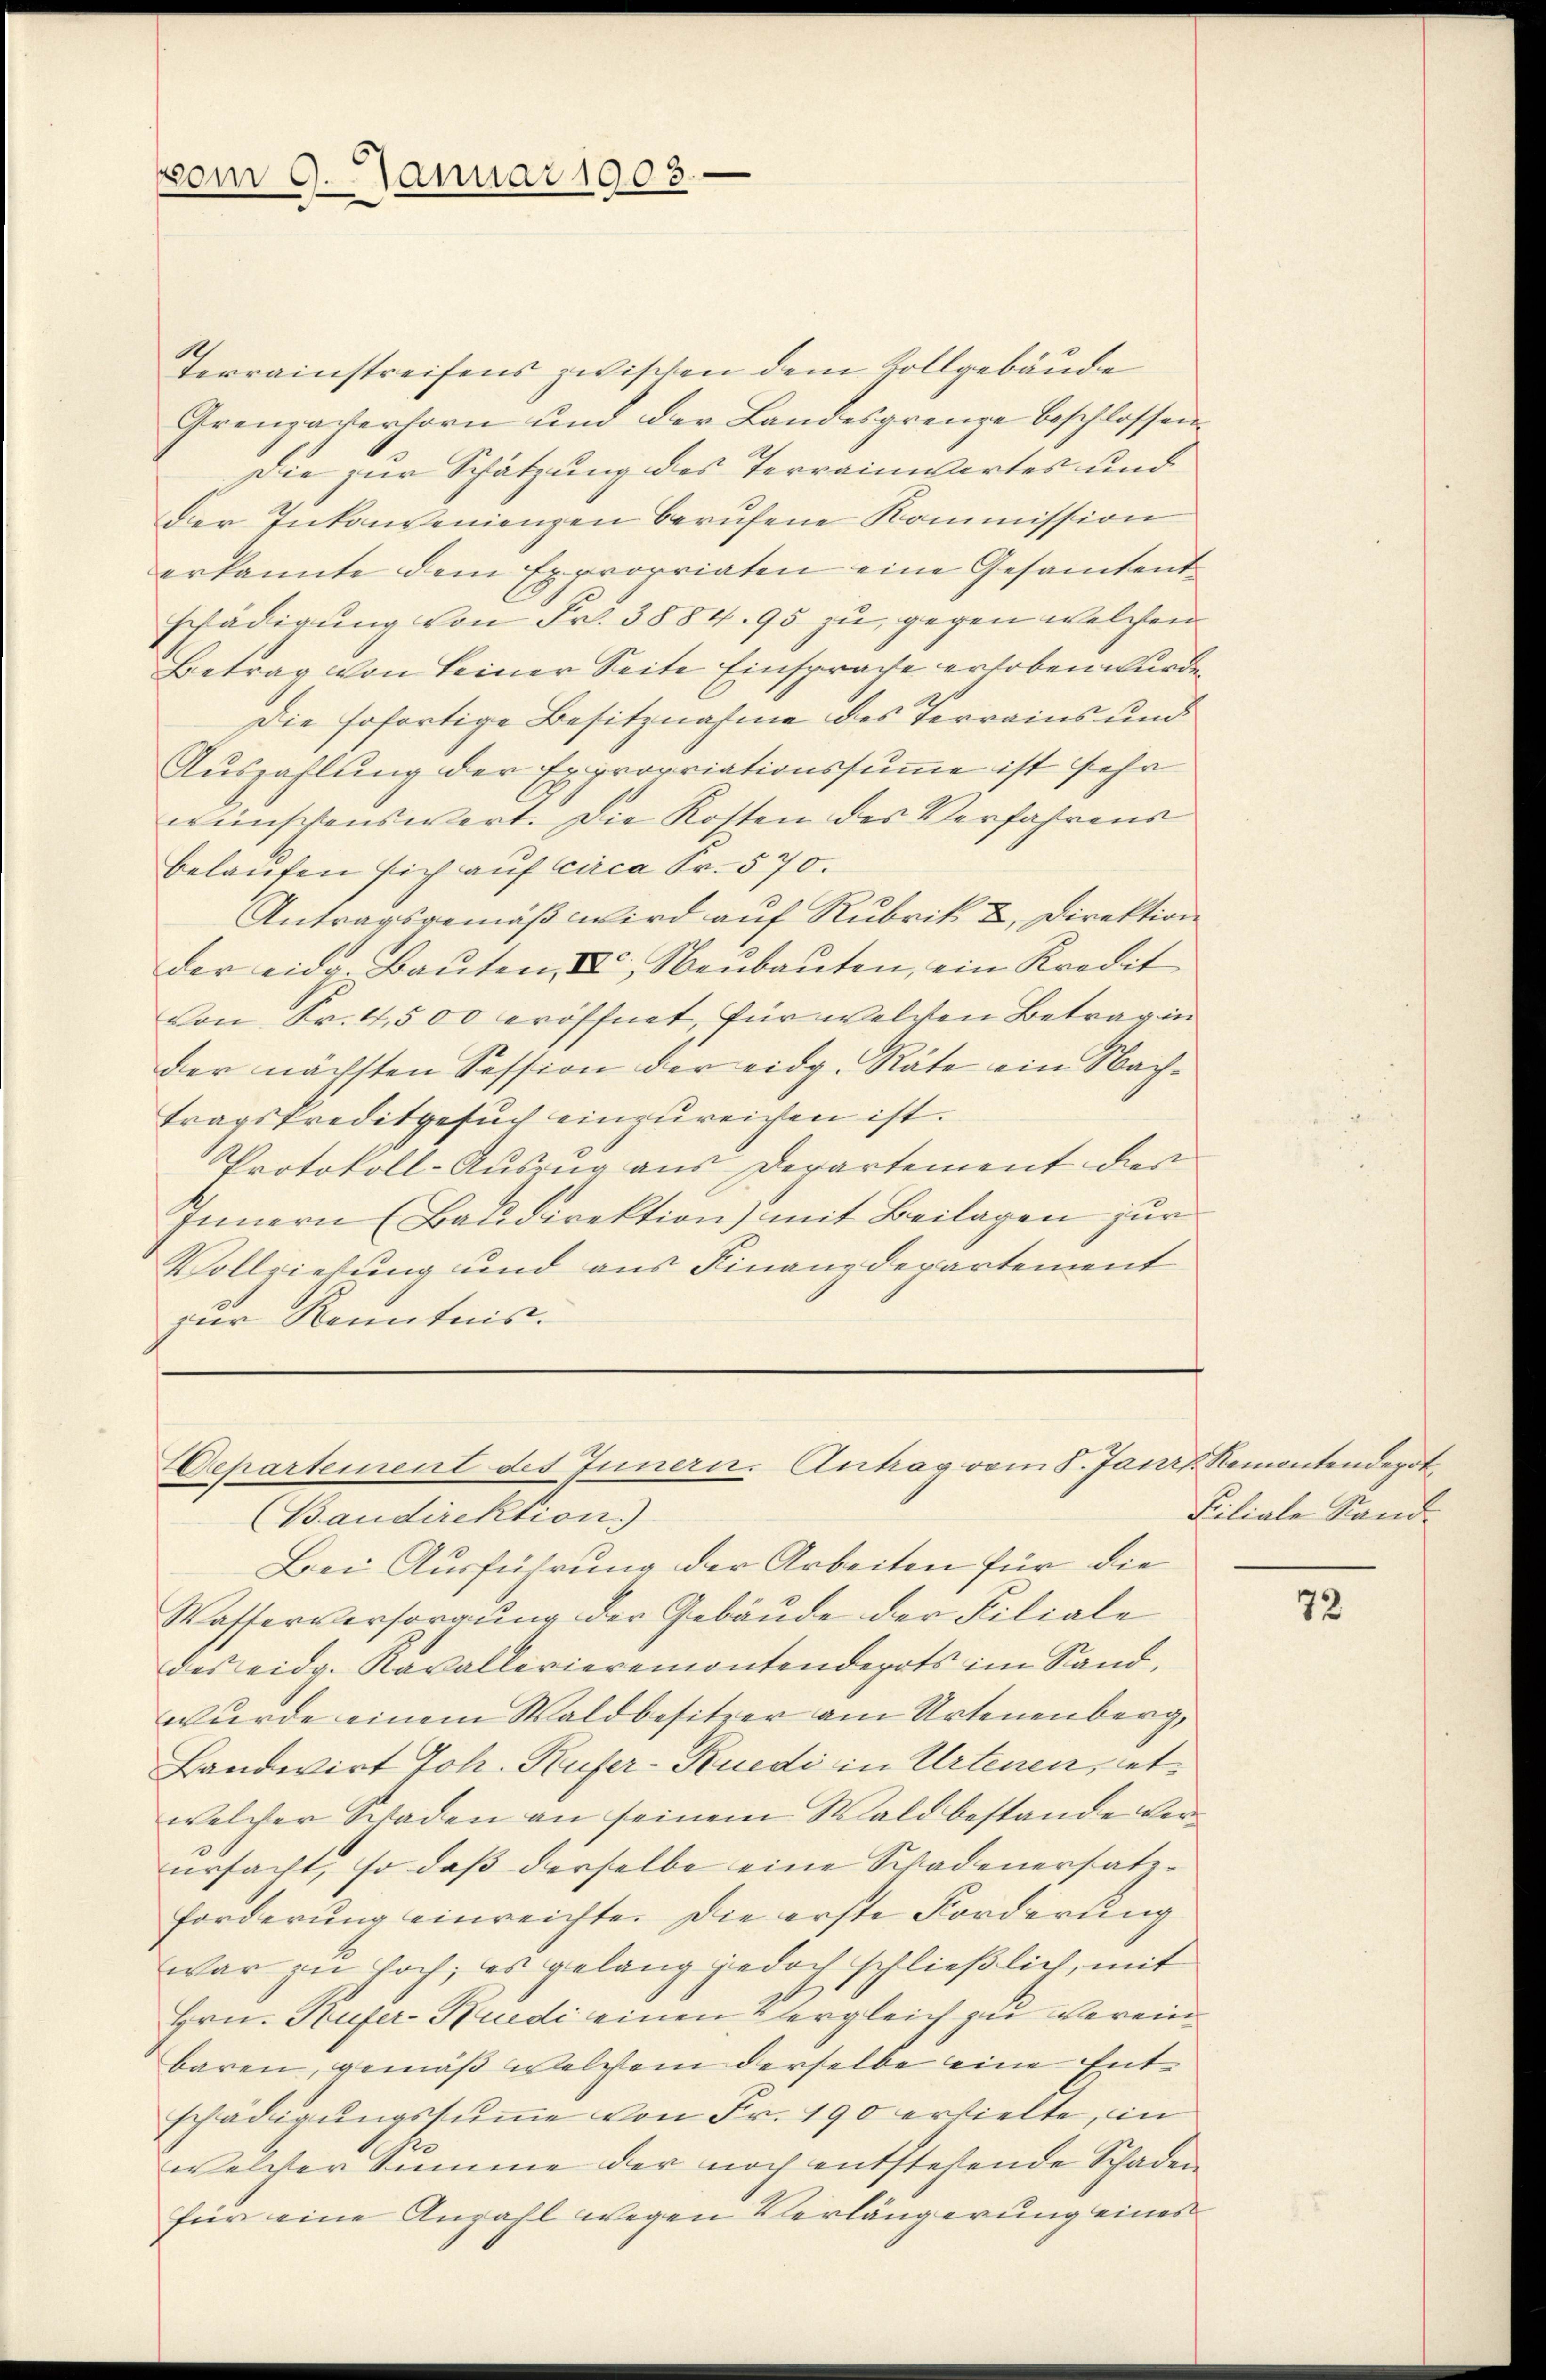
vom 9. Januar 1903.

Terrainstreifens zwischen dem Vollgebäude
Grenzaverhorn und der Landesgrenze beschlossen.
Die zur Schätzung des Terrainwartes und
Der Inkonvenienzen berufene Kommission
erkannte dem Expropriaten eine Gesamtent-
schädigung von Fr. 3884. 95 zu, gegen welchen
Betrag von seiner Seite Einsprache erhoben wurden
Die sofortige Besitznahme des Terrains und
Auszahlung der Expropriationssumme ist sehr
wünschenswert. Die Kosten des Verfahrens
belaufen sich auf circa Fr. 570.
Antragsgemäß wird auf Rubrik u. Direktion
der eidg. Baŭten & Neŭbaŭten, ein Kredit
von Sr. 4,500 eröffnet, für welchen Betrag in
der nächsten Session der eidg. Räte ein Nachtragskreditgesuch einzureichen ist.
Protokoll-Auszug aus Departement der
Innern (Baudirektion) mit Beilagen zur
Vollziehung und aus Finanzdepartement
zur Kenntnis.

Departement des Innern. Antrag vom 8. Janr. Remontendepot

Baudirektion)
Bei Ausführung der Arbeiten für die
Wasserversorgung der Gebäude der Filiale
des eidg. Ravallerieremontendepots im Sand,
wurde einem Waldbesitzer am Artenenberg,
Landwirt Joh. Rufer-Ruedi in Artenen, eetwelcher Schaden an seinem Wald bestande verursacht, so daß derselbe eine Schadenersatz-
forderung einreichte. Die erste Forderung
war zu hoch; es gelang jedoch schließlich, mit
Hrn. Rufer-Nuedi einen Vergleich zu vereinbaren, gemäß welchem derselbe eine Entschädigungssumme von Fr. 190 erhielte, in
1
welcher Summe der noch entstehende Schaden
für eine Anzahl wegen Verlängerung eines

Filiale Stand

72